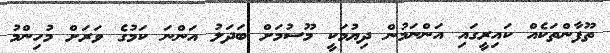
ތޫފާންތަކެއް ކައިރީގައި އަންނަމުން ދިޔުމަކީ މޫސުމަށް ބަދަލު އަންނަ ކަމުގެ ވަރަށް މުހިންމު